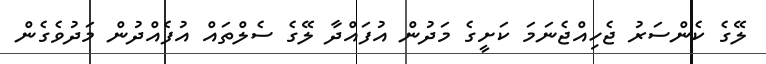
ލޭގެ ކެންސަރު ޖެހިއްޖެނަމަ ކަށީގެ މަދުން އުފައްދާ ލޭގެ ސެލްތައް އުފެއްދުން މަދުވެގެން